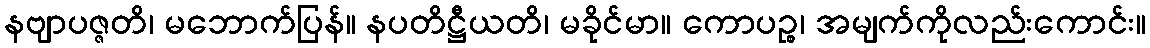
နဗျာပဇ္ဇတိ၊ မဘောက်ပြန်။ နပတိဋ္ဌီယတိ၊ မခိုင်မာ။ ကောပဉ္စ၊ အမျက်ကိုလည်းကောင်း။